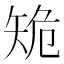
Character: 𥎾